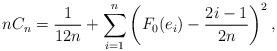
LaTeX: \begin{align*}nC_n = \frac{1}{12n}+\sum_{i=1}^n \left(F_0(e_i)-\frac{2i-1}{2n} \right)^2,\end{align*}